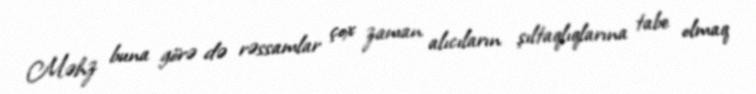
Məhz buna görə də rəssamlar çox zaman alıcıların şıltaqlıqlarına tabe olmaq